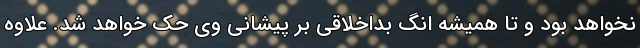
نخواهد بود و تا همیشه انگ بداخلاقی بر پیشانی وی حک خواهد شد. علاوه